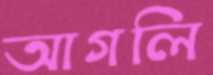
আগলি